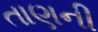
તાણની